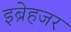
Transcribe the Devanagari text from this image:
इब्रेहजर